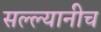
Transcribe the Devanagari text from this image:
सल्ल्यानीच